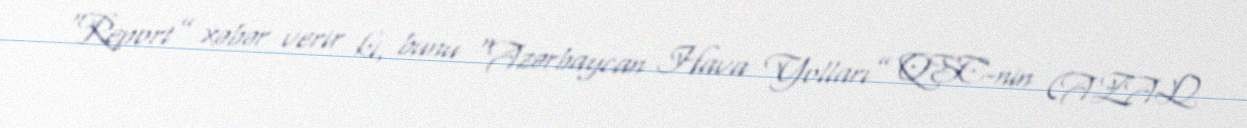
“Report” xəbər verir ki, bunu “Azərbaycan Hava Yolları” QSC-nin (AZAL)